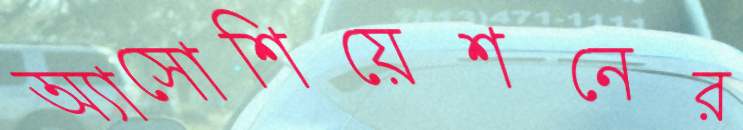
অ্যাসোশিয়েশনের